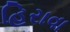
હિરાવા